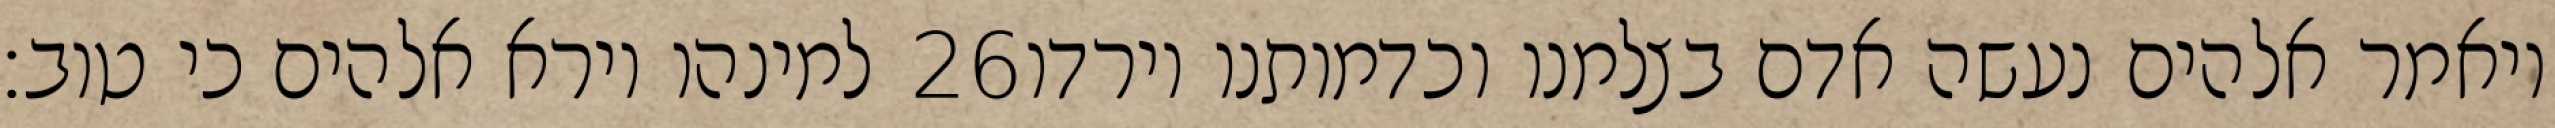
למינהו וירא אלהים כי טוב׃ ‎26‏ ויאמר אלהים נעשה אדם בצלמנו וכדמותנו וירדו